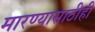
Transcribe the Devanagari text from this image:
मारण्यासाठीही